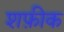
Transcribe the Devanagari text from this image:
शफ़ीक